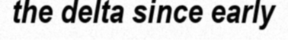
the delta since early